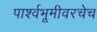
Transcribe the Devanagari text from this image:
पार्श्वभूमीवरचेच